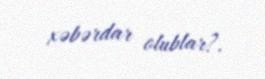
xəbərdar olublar?.